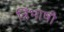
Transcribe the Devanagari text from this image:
त्रिंभाषी